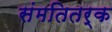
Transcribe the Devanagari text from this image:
संमतितर्क